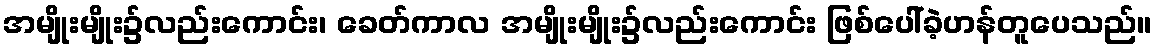
အမျိုးမျိုး၌လည်းကောင်း၊ ခေတ်ကာလ အမျိုးမျိုး၌လည်းကောင်း ဖြစ်ပေါ်ခဲ့ဟန်တူပေသည်။